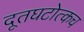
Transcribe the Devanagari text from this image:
दूतघटोत्कच